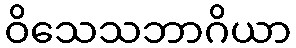
ဝိသေသဘာဂိယာ